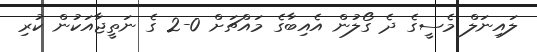
ލައިނަލް މެސީގެ ދެ ގޯލުން އެއިބާގެ މައްޗަށް 0-2 ގެ ނަތީޖާއަކުން ކުރި